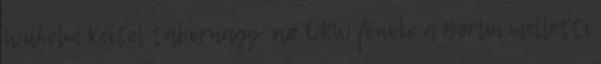
Wilhelm Keitel tábornagy, az OKW fõnöke a Berlin melletti